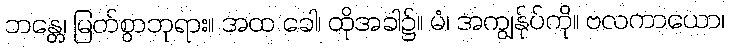
ဘန္တေ၊ မြတ်စွာဘုရား။ အထ ခေါ၊ ထိုအခါ၌။ မံ၊ အကျွန်ုပ်ကို။ ဗလကာယော၊